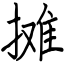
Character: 摊